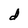
Character: d